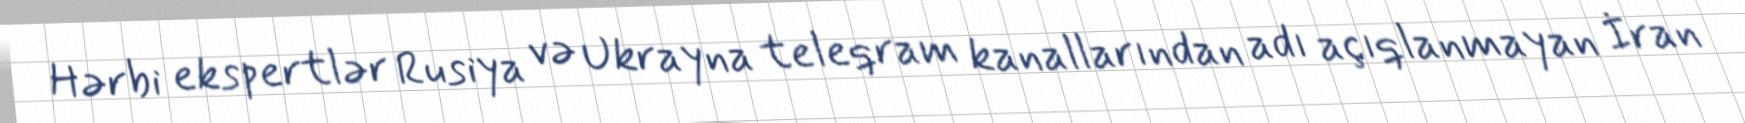
Hərbi ekspertlər Rusiya və Ukrayna teleqram kanallarından adı açıqlanmayan İran